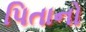
પિતાનો